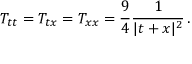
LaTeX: T _ { t t } = T _ { t x } = T _ { x x } = \frac { 9 } { 4 } \frac { 1 } { \vert t + x \vert ^ { 2 } } \, .